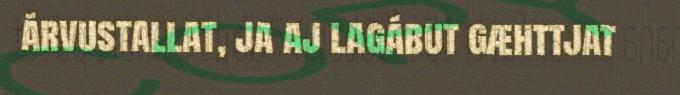
árvustallat, ja aj lagábut gæhttjat